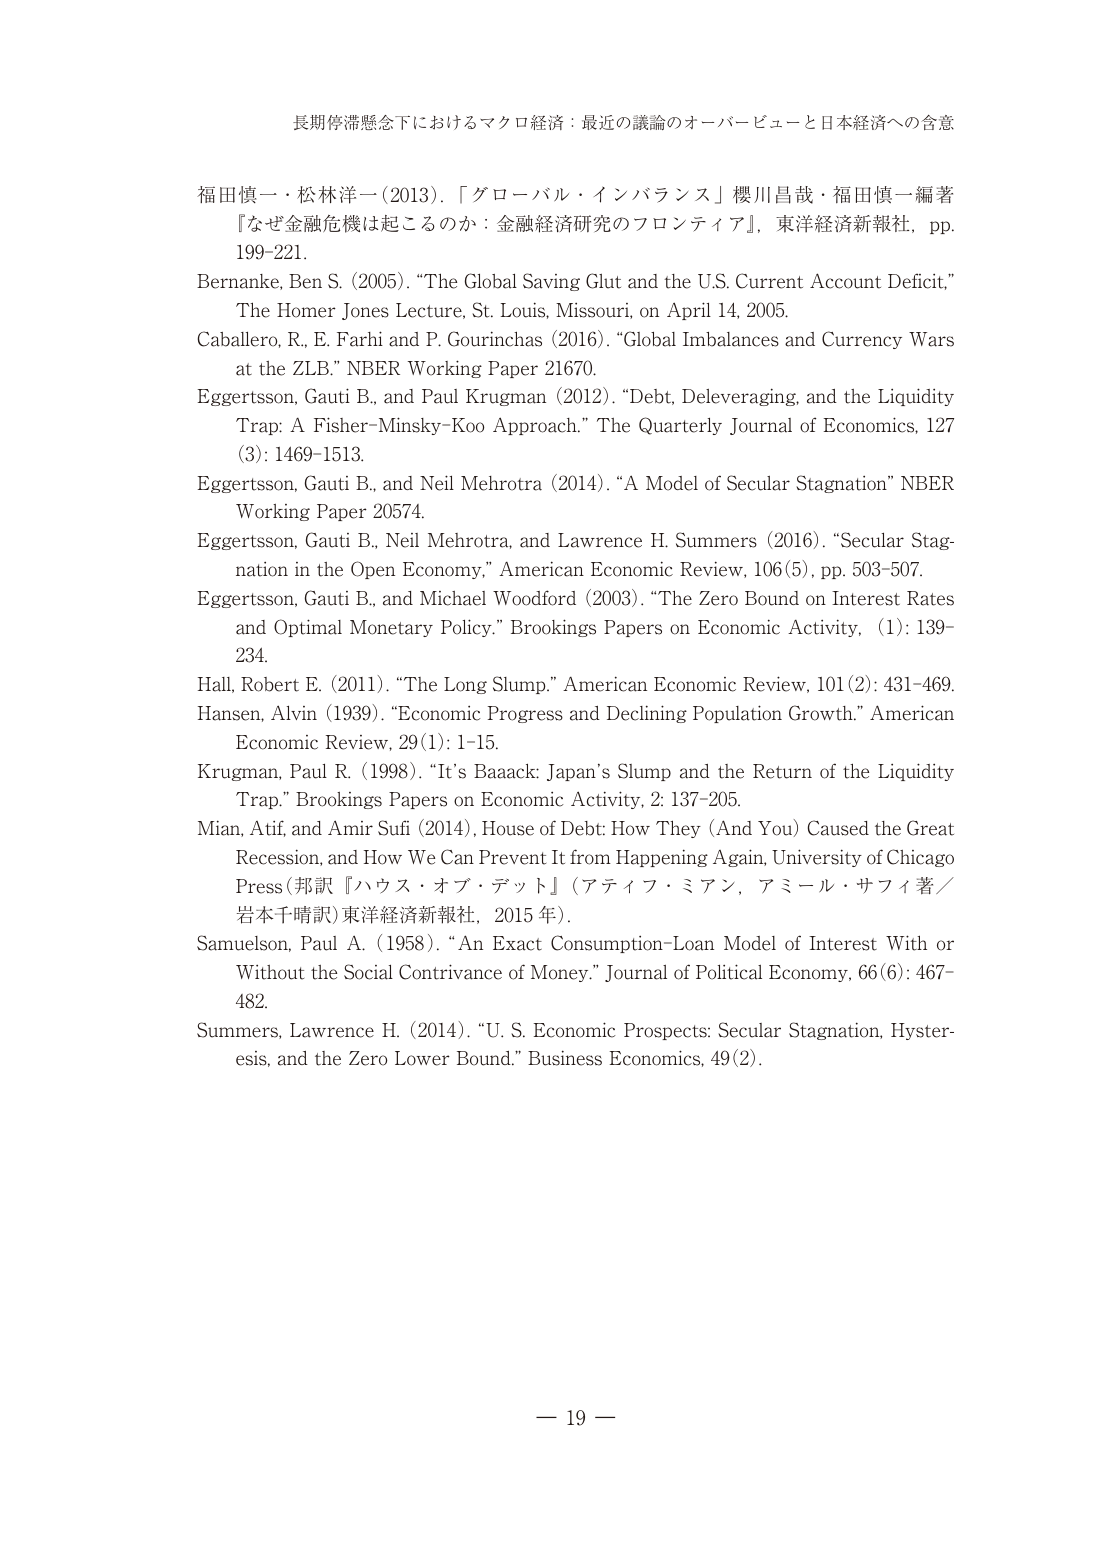
長期停滞懸念下におけるマクロ経済：最近の議論のオーバービューと日本経済への含意

福田慎一・松林洋一（2013）．「グローバル・インバランス」櫻川昌哉・福田慎一編著
『なぜ金融危機は起こるのか：金融経済研究のフロンティア』，東洋経済新報社，pp. 199-221．

Bernanke, Ben S. (2005). “The Global Saving Glut and the U.S. Current Account Deficit,” The Homer Jones Lecture, St. Louis, Missouri, on April 14, 2005.

Caballero, R., E. Farhi and P. Gourinchas (2016). “Global Imbalances and Currency Wars at the ZLB.” NBER Working Paper 21670.

Eggertsson, Gauti B., and Paul Krugman (2012). “Debt, Deleveraging, and the Liquidity Trap: A Fisher-Minsky-Koo Approach.” The Quarterly Journal of Economics, 127 (3): 1469-1513.

Eggertsson, Gauti B., and Neil Mehrotra (2014). “A Model of Secular Stagnation” NBER Working Paper 20574.

Eggertsson, Gauti B., Neil Mehrotra, and Lawrence H. Summers (2016). “Secular Stagnation in the Open Economy,” American Economic Review, 106(5), pp. 503-507.

Eggertsson, Gauti B., and Michael Woodford (2003). “The Zero Bound on Interest Rates and Optimal Monetary Policy.” Brookings Papers on Economic Activity, (1): 139-234.

Hall, Robert E. (2011). “The Long Slump.” American Economic Review, 101(2): 431-469.

Hansen, Alvin (1939). “Economic Progress and Declining Population Growth.” American Economic Review, 29(1): 1-15.

Krugman, Paul R. (1998). “It’s Baaack: Japan’s Slump and the Return of the Liquidity Trap.” Brookings Papers on Economic Activity, 2: 137-205.

Mian, Atif, and Amir Sufi (2014). House of Debt: How They (And You) Caused the Great Recession, and How We Can Prevent It from Happening Again, University of Chicago Press（邦訳『ハウス・オブ・デット』（アティフ・ミアン，アミール・サフィ著／岩本千晴訳）東洋経済新報社，2015 年）.

Samuelson, Paul A. (1958). “An Exact Consumption-Loan Model of Interest With or Without the Social Contrivance of Money.” Journal of Political Economy, 66(6): 467-482.

Summers, Lawrence H. (2014). “U. S. Economic Prospects: Secular Stagnation, Hysteresis, and the Zero Lower Bound.” Business Economics, 49(2).

— 19 —